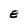
Character: E